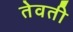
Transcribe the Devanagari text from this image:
तेवती